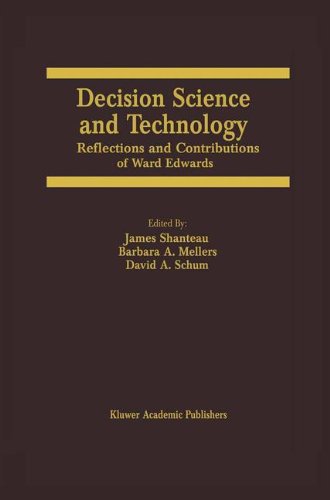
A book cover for Decision Science and Technology: Reflections on the Contributions of Ward Edwards; Computers & Technology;